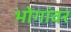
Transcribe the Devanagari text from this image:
भोगांवर